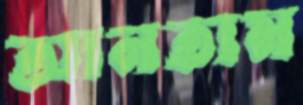
আনতাম